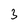
Character: 3